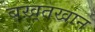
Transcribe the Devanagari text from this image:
बख़्तखान